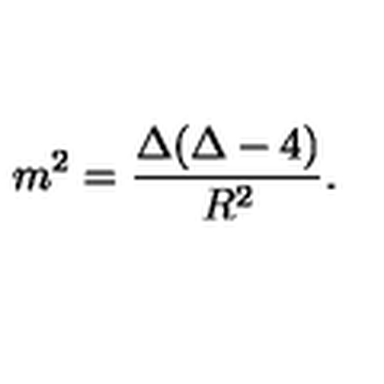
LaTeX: m ^ { 2 } = \frac { \Delta ( \Delta - 4 ) } { R ^ { 2 } } .